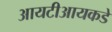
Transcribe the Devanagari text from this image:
आयटीआयकडे